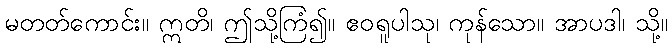
မတတ်ကောင်း။ ဣတိ၊ ဤသို့ကြံ၍။ ဧဝရူပါသု၊ ကုန်သော။ အာပဒါ၊ သို့။